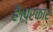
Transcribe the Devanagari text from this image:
है।प्रकार